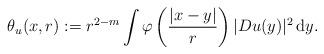
LaTeX: \begin{align*} \theta_{u}(x,r) := r^{2 - m} \int \varphi\left( \frac{|x-y|}{r}\right) |D u(y)|^{2} \, \mathrm{d}y.\end{align*}